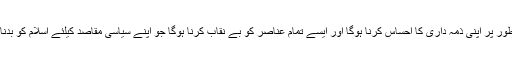
ہمیں اجتماعی طور پر اپنی ذمہ داری کا احساس کرنا ہوگا اور ایسے تمام عناصر کو بے نقاب کرنا ہوگا جو اپنے سیاسی مقاصد کیلئے اسلام کو بدنام کر رہے ہیں۔